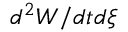
d ^ { 2 } W / d t d \xi